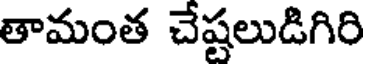
తామంత చేష్టలుడిగిరి